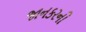
જાનકરની